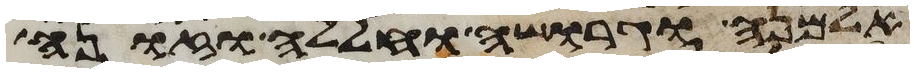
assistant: אלמנה וגרושה וחללה וזונה